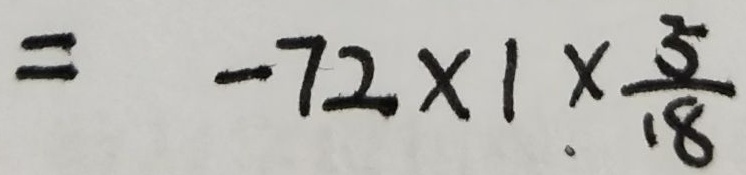
= - 7 2 \times 1 \times \frac { 5 } { 1 8 }